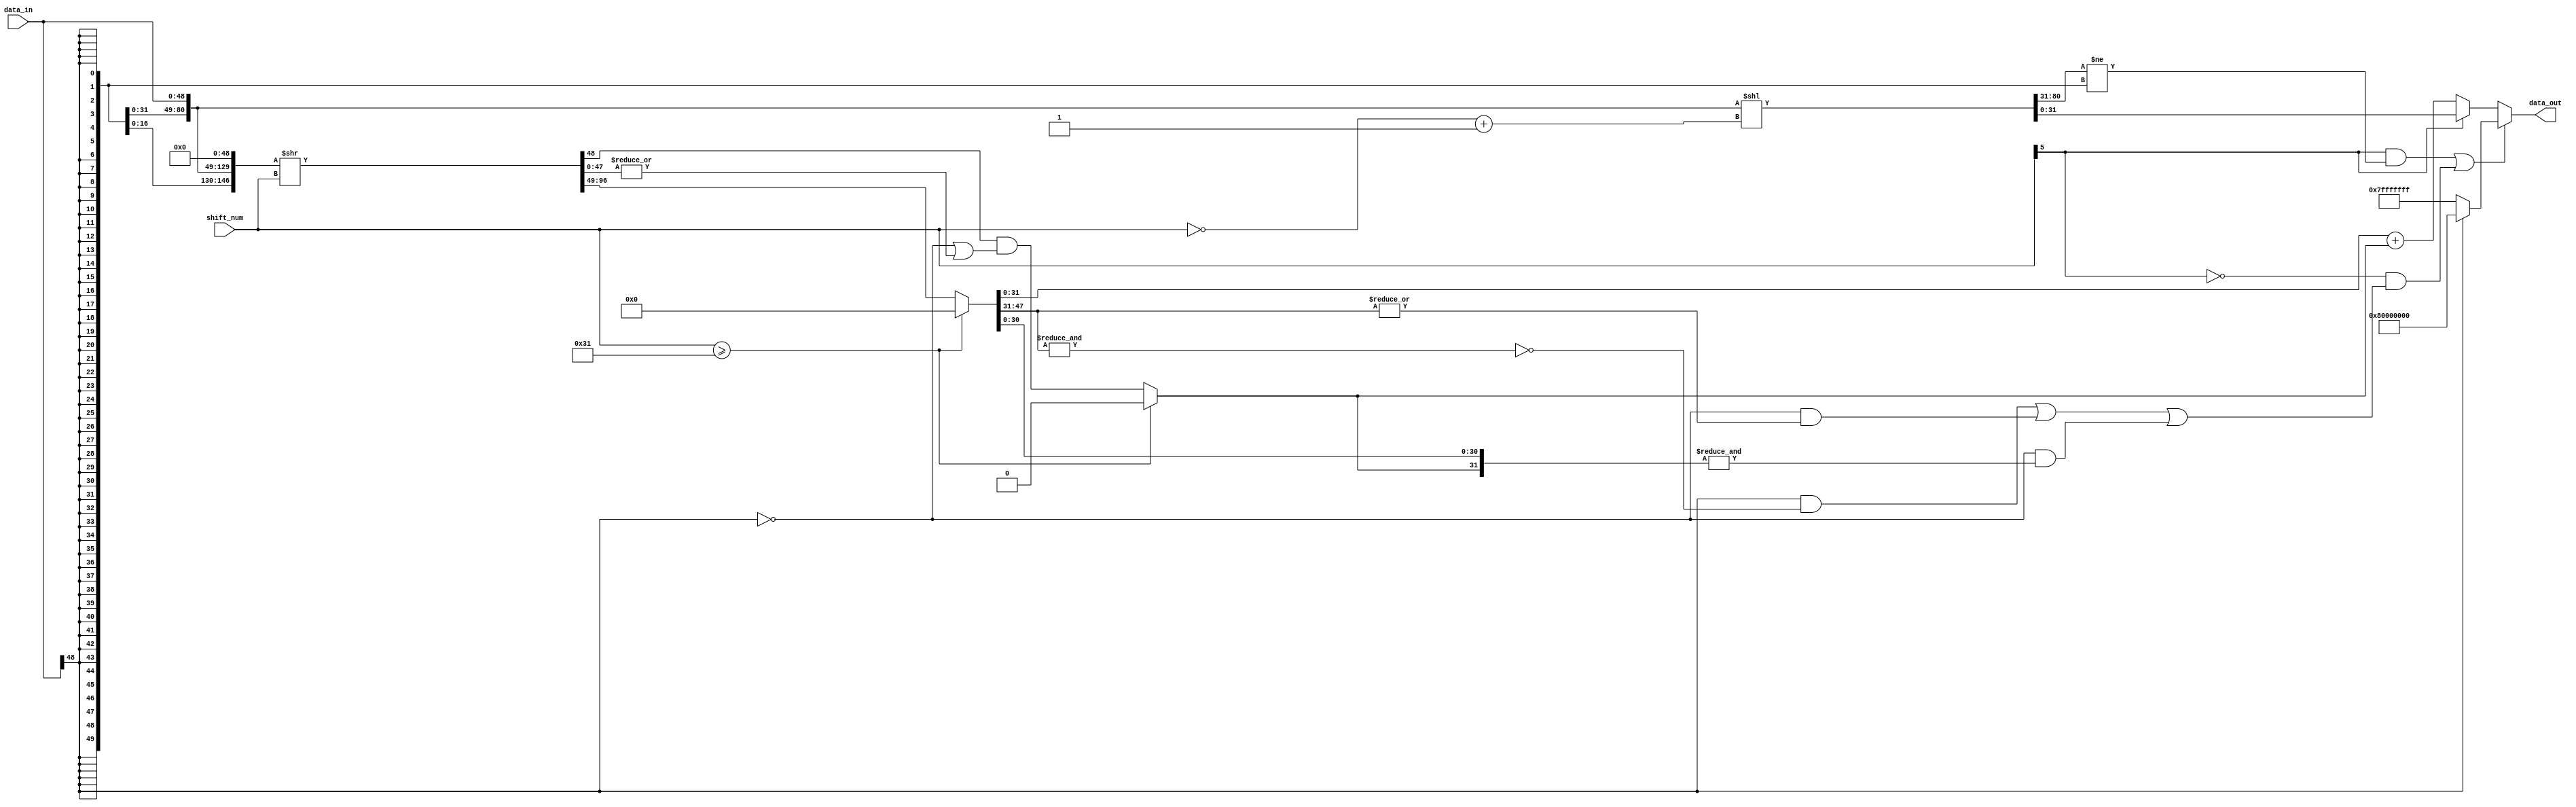
// This program was cloned from: https://github.com/TILOS-AI-Institute/MacroPlacement
// License: BSD 3-Clause "New" or "Revised" License

// ================================================================
// NVDLA Open Source Project
//
// Copyright(c) 2016 - 2017 NVIDIA Corporation. Licensed under the
// NVDLA Open Hardware License; Check "LICENSE" which comes with
// this distribution for more information.
// ================================================================
module NV_NVDLA_HLS_shiftrightss (
   data_in
  ,shift_num
  ,data_out
  );
parameter IN_WIDTH = 49;
parameter OUT_WIDTH = 32;
parameter SHIFT_WIDTH = 6;
parameter SHIFT_MAX = 1<<(SHIFT_WIDTH-1);
parameter HIGH_WIDTH = SHIFT_MAX+IN_WIDTH-OUT_WIDTH;
input [IN_WIDTH-1:0] data_in; //signed 
input [SHIFT_WIDTH-1:0] shift_num; //signed
output [OUT_WIDTH-1:0] data_out;
wire [OUT_WIDTH-1:0] data_shift_l;
wire [HIGH_WIDTH-1:0] data_high;
wire [IN_WIDTH-1:0] data_highr;
wire [IN_WIDTH-1:0] data_shift_rt;
wire [IN_WIDTH-1:0] data_shift_r;
wire [IN_WIDTH-2:0] stick;
wire [OUT_WIDTH-1:0] data_max;
wire [OUT_WIDTH-1:0] data_round;
wire shift_sign;
wire data_sign;
wire guide;
wire point5;
wire mon_round_c;
wire left_shift_sat;
wire right_shift_sat;
wire [5:0] shift_num_abs;
// synoff nets
// monitor nets
// debug nets
// tie high nets
// tie low nets
// no connect nets
// not all bits used nets
// todo nets
assign data_sign = data_in[IN_WIDTH-1];
assign shift_sign = shift_num[SHIFT_WIDTH-1];
//shift left
assign shift_num_abs[SHIFT_WIDTH-1:0] = ~shift_num[SHIFT_WIDTH-1:0] + 1;
assign {data_high[((HIGH_WIDTH) - 1):0],data_shift_l[((OUT_WIDTH) - 1):0]} = {{SHIFT_MAX{data_sign}},data_in} << shift_num_abs[((SHIFT_WIDTH) - 1):0];
assign left_shift_sat = shift_sign & {data_high,data_shift_l[OUT_WIDTH-1]} != {(HIGH_WIDTH+1){data_sign}};
//shift right
assign {data_highr[((IN_WIDTH) - 1):0],data_shift_rt[((IN_WIDTH) - 1):0], guide, stick[((IN_WIDTH-1) - 1):0]} = {{IN_WIDTH{data_sign}},data_in,{IN_WIDTH{1'b0}}} >> shift_num[((SHIFT_WIDTH) - 1):0];
//assign {data_shift_rt[::range(IN_WIDTH)], guide, stick[::range(IN_WIDTH-1)]} = ($signed({data_in,{IN_WIDTH{1'b0}}}) >>> shift_num[::range(SHIFT_WIDTH)]);
assign data_shift_r[((IN_WIDTH) - 1):0] = shift_num >= IN_WIDTH ? {IN_WIDTH{1'b0}} : data_shift_rt[((IN_WIDTH) - 1):0];
assign point5 = shift_num >= IN_WIDTH ? 1'b0 : guide & (~data_sign | (|stick));
assign {mon_round_c,data_round[((OUT_WIDTH) - 1):0]} = data_shift_r[((OUT_WIDTH) - 1):0] + point5;
assign right_shift_sat = !shift_sign &
                        (( data_sign & ~(&data_shift_r[IN_WIDTH-2:OUT_WIDTH-1])) |
                         (~data_sign & (|data_shift_r[IN_WIDTH-2:OUT_WIDTH-1])) |
                         (~data_sign & (&{data_shift_r[((OUT_WIDTH-1) - 1):0], point5})));
assign data_max = data_sign ? {1'b1, {(OUT_WIDTH-1){1'b0}}} : ~{1'b1, {(OUT_WIDTH-1){1'b0}}};
assign data_out = (left_shift_sat | right_shift_sat) ? data_max : shift_sign ? data_shift_l : data_round;
endmodule // NV_NVDLA_HLS_shiftrightss